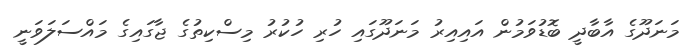
މަނަދޫގެ އާބާދީ ބޮޑުވަމުން އައިއިރު މަނަދޫގައި ހުރި ހުކުރު މިސްކިތުގެ ޖާގައިގެ މައްސަލަވަނީ